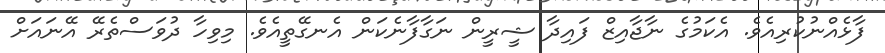
ފާޅެއްނުކުރިއެވެ. އެކަމުގެ ނާޖާއިޒް ފައިދާ ޝީރީން ނަގާފާނެކަން އެނގޭތީއެވެ. މިވިހާ ދުވަސްތެރޭ އޭނައަށް